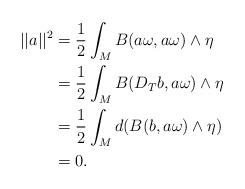
LaTeX: \begin{align*}||a||^2 &= \frac{1}{2} \int_M B( a \omega , a \omega ) \wedge \eta \\&= \frac{1}{2} \int_M B( D_T b , a \omega ) \wedge \eta \\&=\frac{1}{2} \int_M d ( B( b , a \omega) \wedge \eta ) \\&= 0.\end{align*}